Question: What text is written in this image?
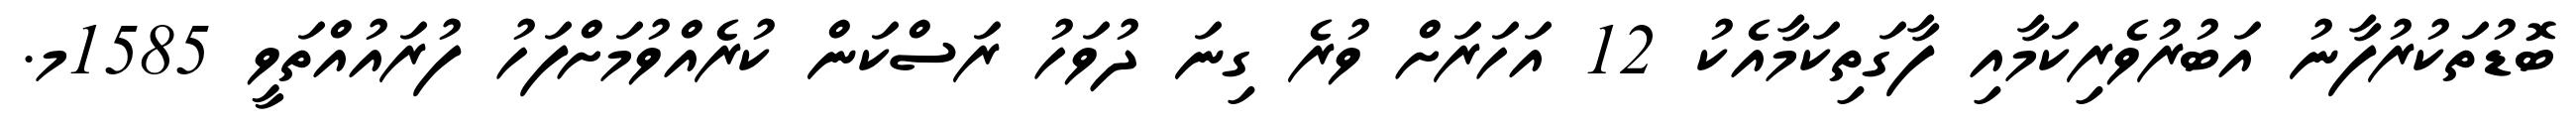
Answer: ބޮޑުތަކުރުފާނު އަބުރުވެރިކަމާއި ފާގަތިކަމާއެކު 12 އަހަރަށް ވުރެ ގިނަ ދުވަހު ރަސްކަން ކުރެއްވުމަށްފަހު ފުރައުއްތަވީ 1585މ.